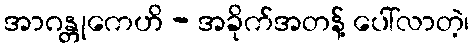
အာဂန္တုကေဟိ - အခိုက်အတန့် ပေါ်လာတဲ့၊